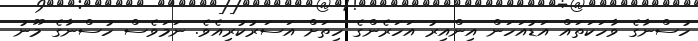
ހުސްނާގެ ވާހަކަތައް އަޑުއަހަން އިންއިރު އަހަރެންގެ ހިތަށް އަސަރުކުރިއެވެ. ނަމަވެސް ހުސްނާގެ މޫނު